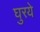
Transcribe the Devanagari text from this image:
घुरये